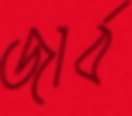
জার্ব